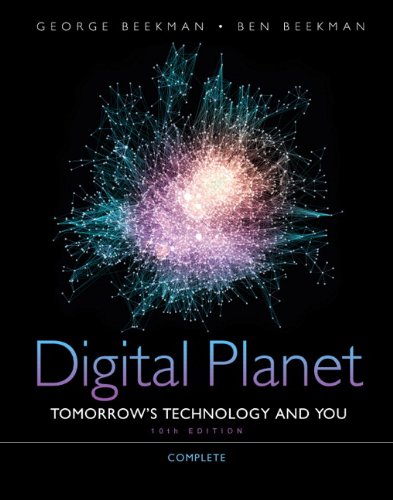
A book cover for Digital Planet: Tomorrow's Technology and You, Complete (10th Edition) (Computers Are Your Future); George Beekman; Business & Money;